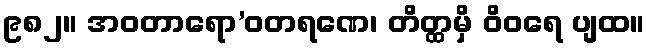
၉၈၂။ အဝတာရော’ဝတရဏေ၊ တိတ္ထမှိ ဝိဝရေ ပျထ။